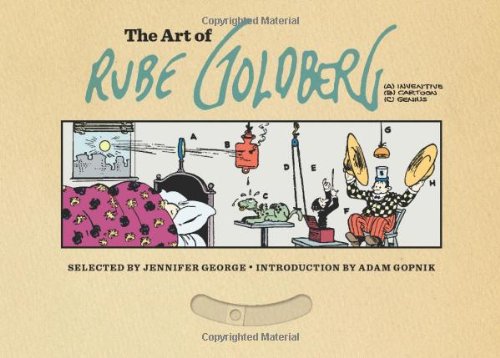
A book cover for The Art of Rube Goldberg: (A) Inventive (B) Cartoon (C) Genius; Jennifer George; Comics & Graphic Novels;